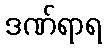
ဒဏ်ရာရ